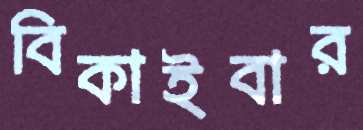
বিকাইবার